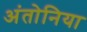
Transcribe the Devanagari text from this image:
अंतोनिया